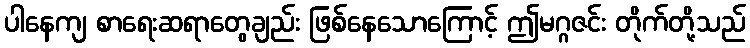
ပါနေကျ စာရေးဆရာတွေချည်း ဖြစ်နေသောကြောင့် ဤမဂ္ဂဇင်း တိုက်တို့သည်